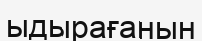
ыдырағанын